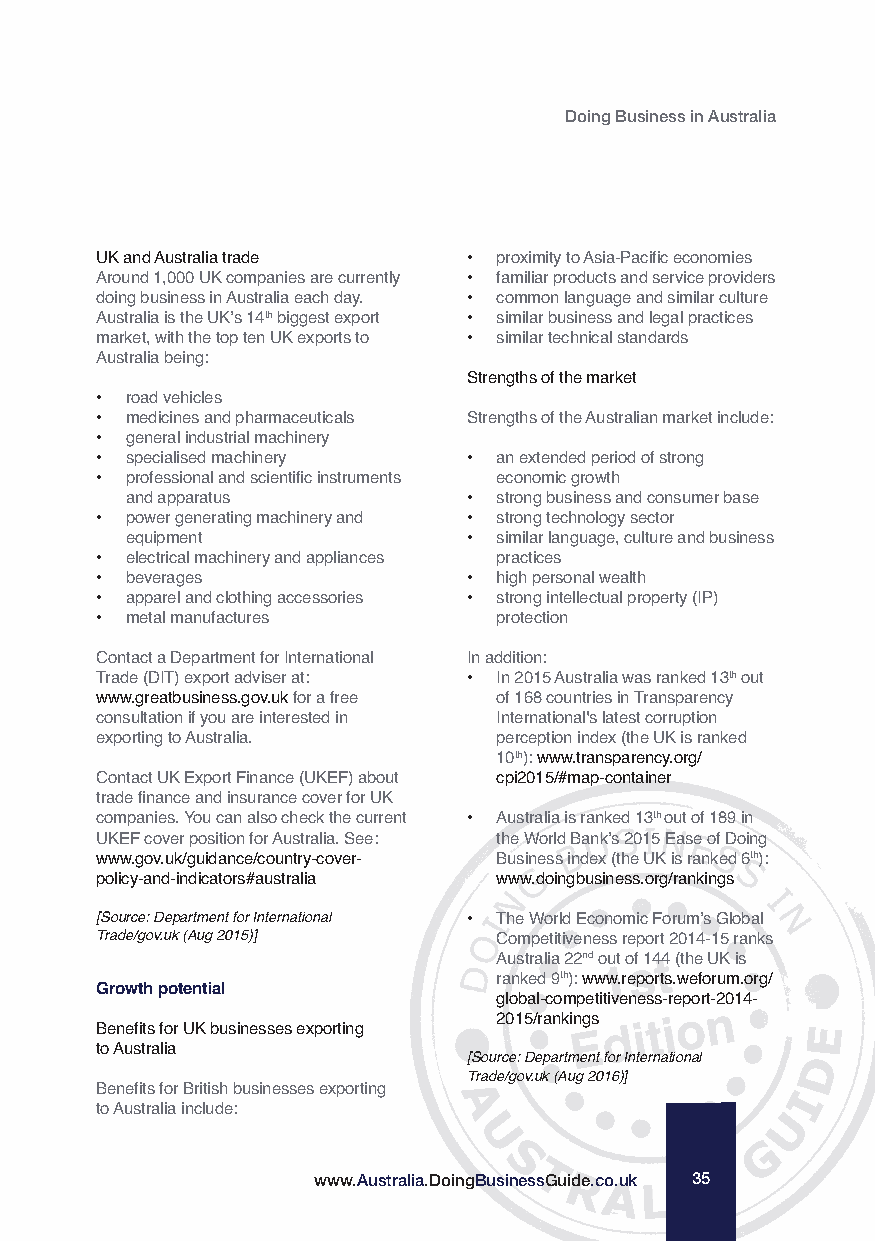
Doing Business in Australia
 UK and Australia trade   • proximity to Asia-Pacific economies
 Around 1,000 UK companies are currently • familiar products and service providers
 doing business in Australia each day. • common language and similar culture
 Australia is the UK’s 14thbiggest export • similar business and legal practices
 market, with the top ten UK exports to • similar technical standards
 Australia being:
 Strengths of the market
 • road vehicles
 • medicines and pharmaceuticals Strengths of the Australian market include:
 • general industrial machinery
 • specialised machinery  • an extended period of strong
 • professional and scientific instruments economic growth
 and apparatus          • strong business and consumer base
 • power generating machinery and • strong technology sector
 equipment              • similar language, culture and business
 • electrical machinery and appliances practices
 • beverages              • high personal wealth
 • apparel and clothing accessories • strong intellectual property (IP)
 • metal manufactures       protection
 Contact a Department for International In addition:
 Trade (DIT) export adviser at: • In 2015 Australia was ranked 13thout
 www.greatbusiness.gov.ukfor a free of 168 countries in Transparency
 consultation if you are interested in International's latest corruption
 exporting to Australia.    perception index (the UK is ranked
 10th): www.transparency.org/
 Contact UK Export Finance (UKEF) about cpi2015/#map-container
 trade finance and insurance cover for UK
 companies. You can also check the current • Australia is ranked 13th out of 189 in
 UKEF cover position for Australia. See: the World Bank’s 2015 Ease of Doing
 www.gov.uk/guidance/country-cover- Business index (the UK is ranked 6th):
 policy-and-indicators#australia www.doingbusiness.org/rankings
 [Source: Department for International • The World Economic Forum’s Global
 Trade/gov.uk (Aug 2015)]   Competitiveness report 2014-15 ranks
 Australia 22ndout of 144 (the UK is
 ranked 9th): www.reports.weforum.org/
 Growth potential
 global-competitiveness-report-2014-
 2015/rankings
 Benefits for UK businesses exporting
 to Australia
 [Source: Department for International
 Trade/gov.uk (Aug 2016)]
 Benefits for British businesses exporting
 to Australia include:
 www.Australia.DoingBusinessGuide.co.uk 35